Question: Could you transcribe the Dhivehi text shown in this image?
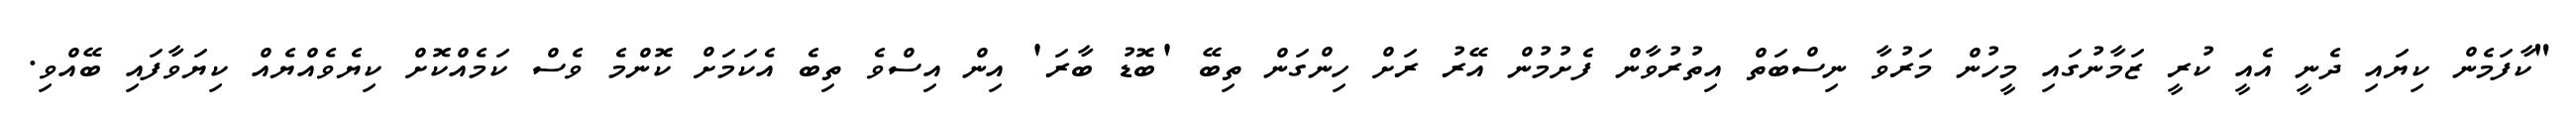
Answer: "ކާފަމެން ކިޔައި ދެނީ އެއީ ކުރީ ޒަމާނުގައި މީހުން މަރުވާ ނިސްބަތް އިތުރުވާން ފެށުމުން އޭރު ރަށް ހިންގަން ތިބޭ 'ބޮޑު ބާރަ' އިން އިސްވެ ތިބެ އެކަމަށް ކޮންމެ ވެސް ކަމެއްކޮށް ކިޔެވެއްޔެއް ކިޔަވާފައި ބޭއްވި.